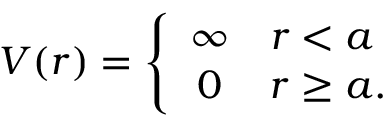
V ( r ) = \left\{ \begin{array} { c l } { { \infty } } & { { r < a } } \\ { { 0 } } & { { r \ge a . } } \end{array} \right.